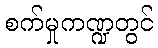
စက်မှုကဏ္ဍတွင်